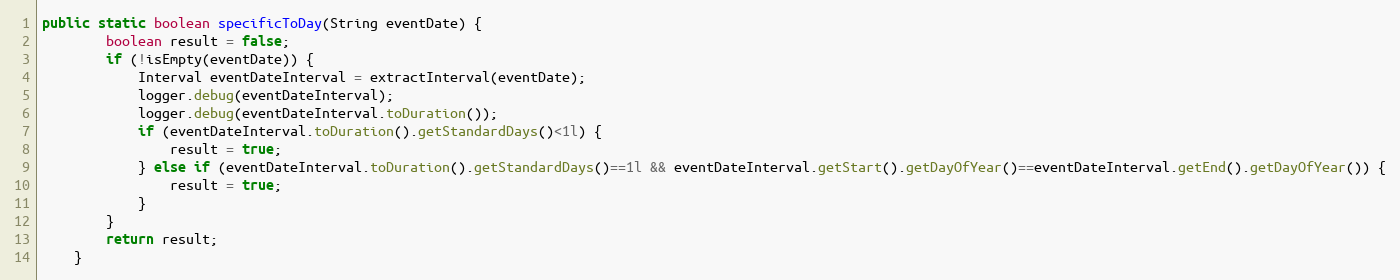
Language: Java
public static boolean specificToDay(String eventDate) {
    	boolean result = false;
    	if (!isEmpty(eventDate)) {
    	    Interval eventDateInterval = extractInterval(eventDate);
    	    logger.debug(eventDateInterval);
    	    logger.debug(eventDateInterval.toDuration());
    	    if (eventDateInterval.toDuration().getStandardDays()<1l) {
    	    	result = true;
    	    } else if (eventDateInterval.toDuration().getStandardDays()==1l && eventDateInterval.getStart().getDayOfYear()==eventDateInterval.getEnd().getDayOfYear()) {
    	    	result = true;
    	    }
    	}
    	return result;
    }